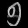
Digit: ၅